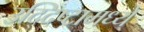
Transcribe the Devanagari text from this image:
उद्दिष्टामध्ये